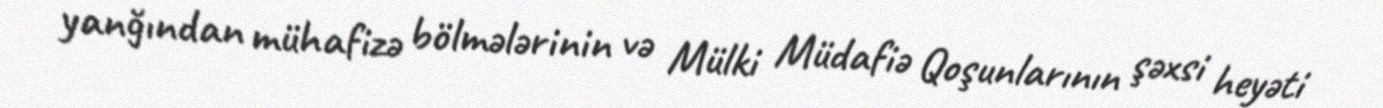
yanğından mühafizə bölmələrinin və Mülki Müdafiə Qoşunlarının şəxsi heyəti